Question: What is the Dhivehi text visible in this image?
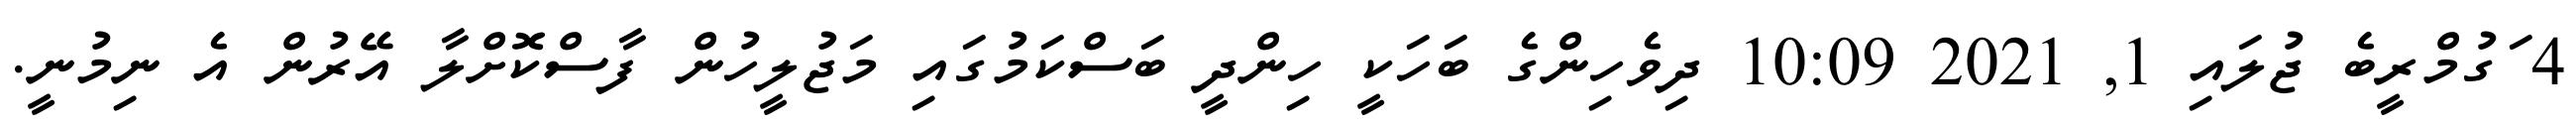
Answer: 4 ަގުމްރީބެ ޖުލައި 1, 2021 10:09 ދިވެހިންގެ ބަހަކީ ހިންދީ ބަސްކަމުގައި މަޖުލީހުން ފާސްކޮށްލާ އޭރުން އެ ނިމުނީ.